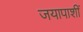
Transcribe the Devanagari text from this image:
जयापाशीं